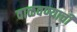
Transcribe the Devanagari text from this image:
वाळवण्याची